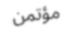
مؤتمن